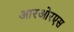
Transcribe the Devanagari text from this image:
आरओरएस